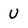
Character: U